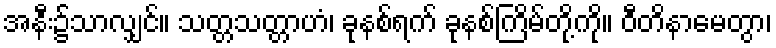
အနီး၌သာလျှင်။ သတ္တသတ္တာဟံ၊ ခုနစ်ရက် ခုနစ်ကြိမ်တို့ကို။ ဝီတိနာမေတွာ၊